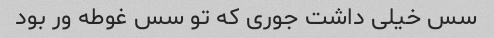
سس خیلی داشت جوری که تو سس غوطه ور بود